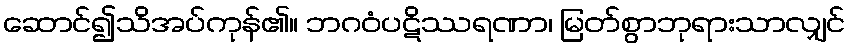
ဆောင်၍သိအပ်ကုန်၏။ ဘဂဝံပဋိဿရဏာ၊ မြတ်စွာဘုရားသာလျှင်